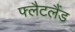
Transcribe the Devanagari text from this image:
फ्लैटलैंड